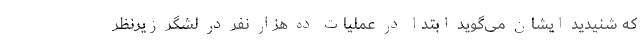
که شنیدید ایشان می‌گوید ابتدا در عملیات ده‌ هزار نفر در لشگر زیرنظر